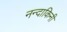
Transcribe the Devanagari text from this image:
नन्दाकिनी